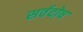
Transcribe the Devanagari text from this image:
सर्वदोष